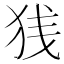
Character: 𫞣